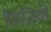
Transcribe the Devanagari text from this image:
फिज़ियो